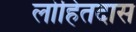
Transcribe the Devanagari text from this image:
लोहितदास